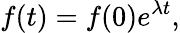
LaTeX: f(t)=f(0)e^{\lambda t},